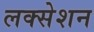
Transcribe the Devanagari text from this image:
लक्सेशन